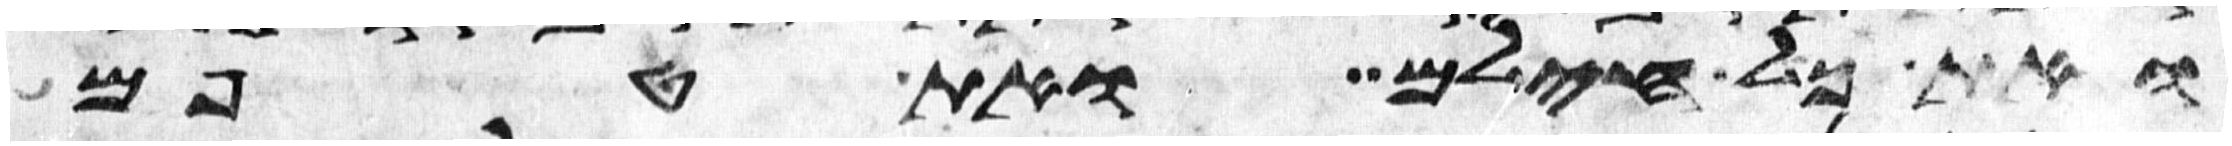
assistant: ואת כל חילם ואת טפם